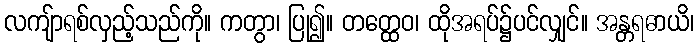
လကျ်ာရစ်လှည့်သည်ကို။ ကတွာ၊ ပြု၍။ တတ္ထေဝ၊ ထိုအရပ်၌ပင်လျှင်။ အန္တရဓာယိ၊